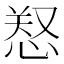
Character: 𢜂